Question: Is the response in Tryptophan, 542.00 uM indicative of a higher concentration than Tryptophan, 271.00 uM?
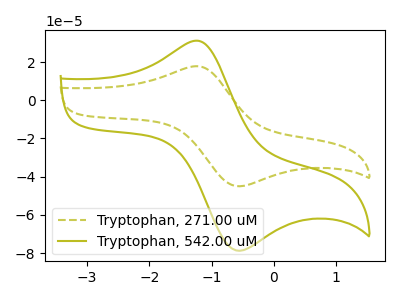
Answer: <think>The olive dashed curve "Tryptophan, 271.00 uM" has an anodic peak at (-1.20V, 17.75uA) and a cathodic peak at (-0.55V, -45.00uA). The olive curve "Tryptophan, 542.00 uM" has an anodic peak at (-1.20V, 31.05uA) and a cathodic peak at (-0.55V, -78.80uA).
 All the peaks in "Tryptophan, 542.00 uM" have a peak in "Tryptophan, 271.00 uM" at the same potential. Every peak in "Tryptophan, 542.00 uM" is higher than every peak in "Tryptophan, 271.00 uM".</think>
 <answer>"Tryptophan, 542.00 uM" has more signal than "Tryptophan, 271.00 uM".</answer>
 <eval>more_signal</eval>